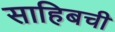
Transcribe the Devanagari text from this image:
साहिबची